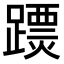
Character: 𨅟